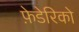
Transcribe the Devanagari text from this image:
फ़ेडेरिको